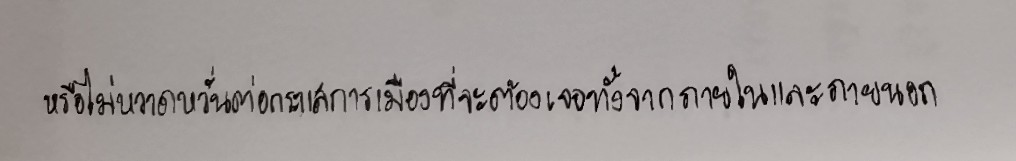
หรือไม่หวาดหวั่นต่อกระแสการเมืองที่จะต้องเจอทั้งจากภายในและภายนอก